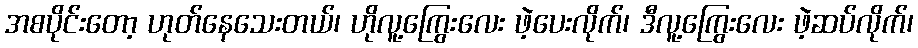
အစပိုင်းတော့ ဟုတ်နေသေးတယ်၊ ဟိုလူ့ကြွေးလေး ဖဲ့ပေးလိုက်၊ ဒီလူ့ကြွေးလေး ဖဲ့ဆပ်လိုက်၊